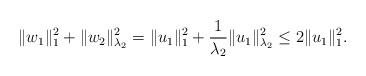
LaTeX: \begin{align*} \|w_1\|_1^2+\|w_2\|_{\lambda_2}^2=\|u_1\|_1^2+\frac 1{\lambda_2}\|u_1\|_{\lambda_2}^2\leq 2\|u_1\|_1^2.\end{align*}